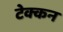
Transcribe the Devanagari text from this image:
टेक्कन